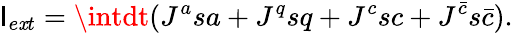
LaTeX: \mathsf{I}_{e\mathit{x}t}=\intdt(J^{a}sa+J^{q}sq+J^{c}sc+J^{{\bar{{c}}}}s{\bar{{c}}}).